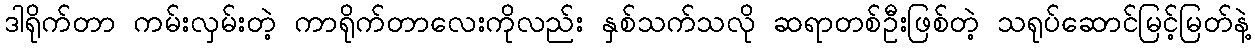
ဒါရိုက်တာ ကမ်းလှမ်းတဲ့ ကာရိုက်တာလေးကိုလည်း နှစ်သက်သလို ဆရာတစ်ဦးဖြစ်တဲ့ သရုပ်ဆောင်မြင့်မြတ်နဲ့